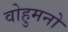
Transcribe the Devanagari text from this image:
वोहुमनो